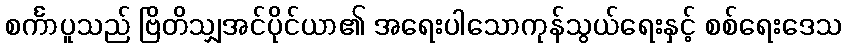
စင်္ကာပူသည် ဗြိတိသျှအင်ပိုင်ယာ၏ အရေးပါသောကုန်သွယ်ရေးနှင့် စစ်ရေးဒေသ